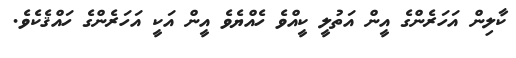
ކާލިން އަހަރެންގެ އީން އަތުލީ ކީއްވެ ހެއްޔެވެ އީން އަކީ އަހަރެންގެ ހައްޤެކެވެ.